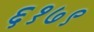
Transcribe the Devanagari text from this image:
६१७९